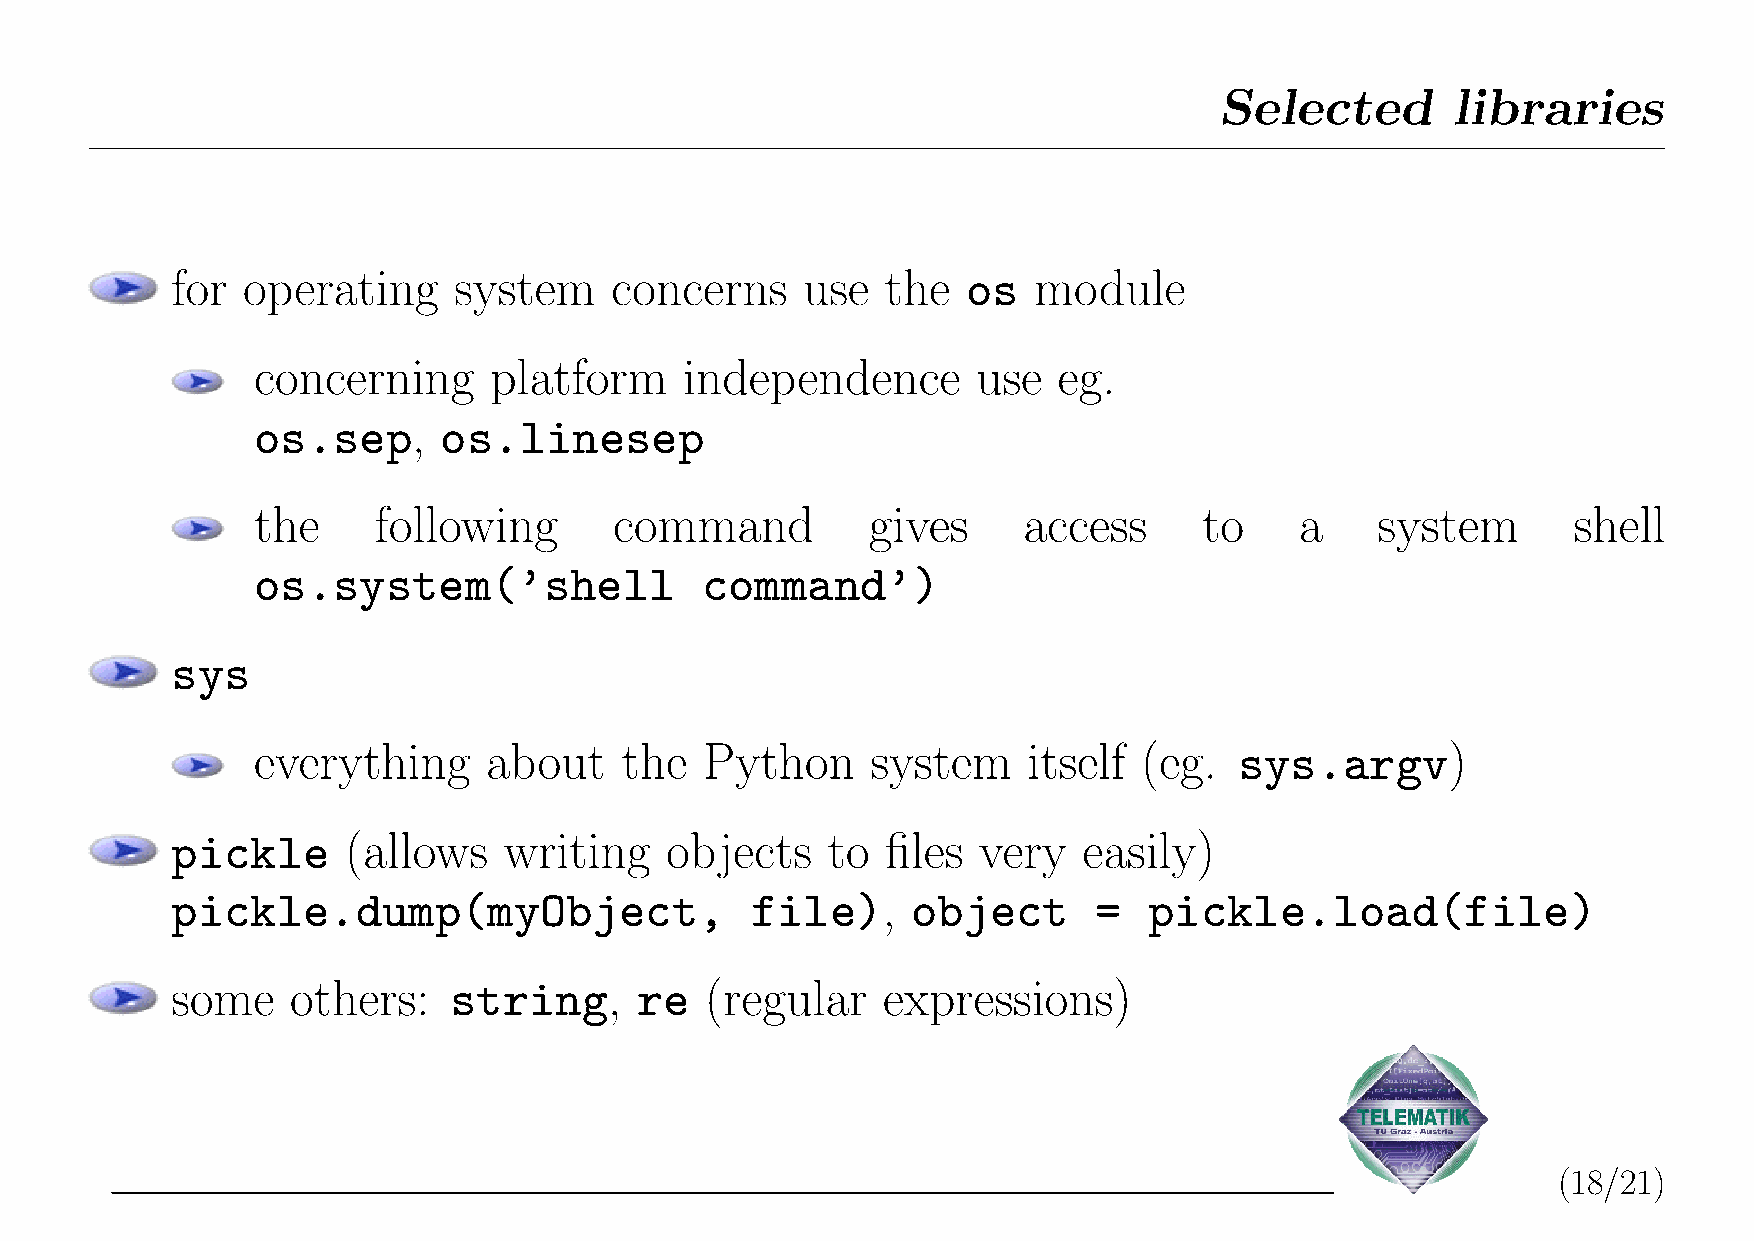
Selected       libraries
 for  operating     system    concerns     use   the  os  module
 concerning     platform     independence        use  eg.
 os.sep,     os.linesep
 the     following       command          gives     access      to    a    system       shell
 os.system(’shell             command’)
 sys
 everything     about    the   Python     system    itself  (eg.  sys.argv)
 pickle      (allows   writing    objects    to  files very   easily)
 pickle.dump(myObject,                  file),    object       =  pickle.load(file)
 some    others:    string,     re   (regular   expressions)
 (18/21)